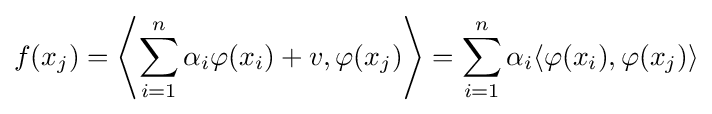
f(x_{j})=\left\langle \sum _{i=1}^{n}\alpha _{i}\varphi (x_{i})+v,\varphi (x_{j})\right\rangle =\sum _{i=1}^{n}\alpha _{i}\langle \varphi (x_{i}),\varphi (x_{j})\rangle